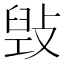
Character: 𢾌